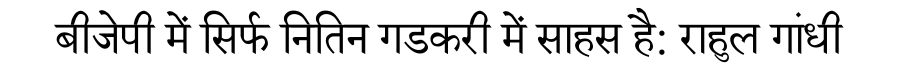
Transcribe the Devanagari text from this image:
बीजेपी में सिर्फ नितिन गडकरी में साहस है: राहुल गांधी